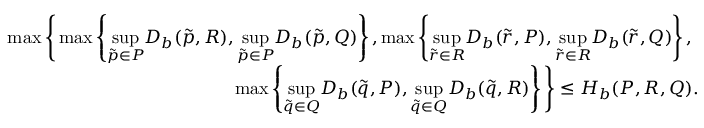
\begin{array} { r } { \operatorname* { m a x } \Bigg \{ \operatorname* { m a x } \left\{ \underset { \Tilde { p } \in P } { \operatorname* { s u p } } D _ { b } ( \Tilde { p } , R ) , \underset { \Tilde { p } \in P } { \operatorname* { s u p } } D _ { b } ( \Tilde { p } , Q ) \right\} , \operatorname* { m a x } \left\{ \underset { \Tilde { r } \in R } { \operatorname* { s u p } } D _ { b } ( \Tilde { r } , P ) , \underset { \Tilde { r } \in R } { \operatorname* { s u p } } D _ { b } ( \Tilde { r } , Q ) \right\} , \ } \\ { \operatorname* { m a x } \left\{ \underset { \Tilde { q } \in Q } { \operatorname* { s u p } } D _ { b } ( \Tilde { q } , P ) , \underset { \Tilde { q } \in Q } { \operatorname* { s u p } } D _ { b } ( \Tilde { q } , R ) \right\} \Bigg \} \leq H _ { b } ( P , R , Q ) . } \end{array}